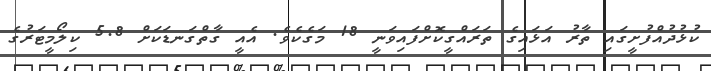
ކުޅުދުއްފުށީގައި ތާރު އަޅައިގެ ތަރައްގީކޮށްފައިވަނީ 18 މަގެކެވެ. އެއީ ގާތްގަނޑަކަށް 5.8 ކިލޯމީޓަރުގެ